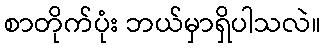
စာတိုက်ပုံး ဘယ်မှာရှိပါသလဲ။